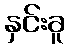
နှင်းခူ